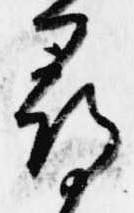
尋